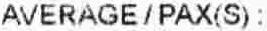
AVERAGE/PAX(S):